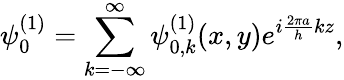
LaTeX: \psi_{0}^{(1)}=\displaystyle\sum_{k=-\infty}^{\infty}\psi_{0,k}^{(1)}(x,y)e^{i\frac{2\pi a}{h}kz},